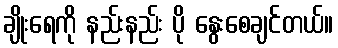
ချိုးရေကို နည်းနည်း ပို နွေးစေချင်တယ်။